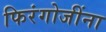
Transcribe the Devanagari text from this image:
फिरंगोजींना